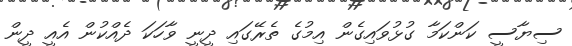
ސިޔާސީ ކަންކަމާ ގުޅުވައިގެން އިމުގެ ތެރޭގައި ދީނީ ވާހަކަ ދެއްކުން އެއީ ދީން